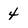
Character: 4